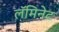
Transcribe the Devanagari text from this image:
लॅमिनेट